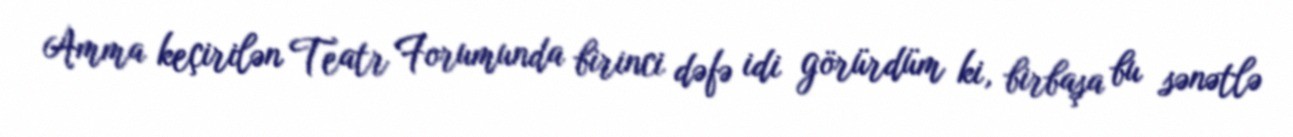
Amma keçirilən Teatr Forumunda birinci dəfə idi görürdüm ki, birbaşa bu sənətlə